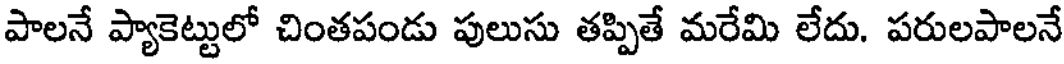
పాలనే ప్యాకెట్టులో చింతపండు పులుసు తప్పితే మరేమి లేదు. పరులపాలనే